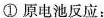
①原电池反应：